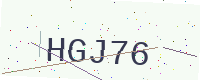
Text: HGJ76